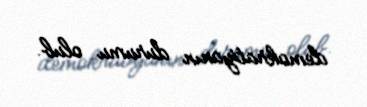
demokratiyanın durumu olub.